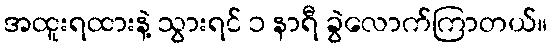
အထူးရထားနဲ့ သွားရင် ၁ နာရီ ခွဲလောက်ကြာတယ်။